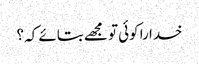
خدا را کوئی تو مجھے بتائے کہ ؟